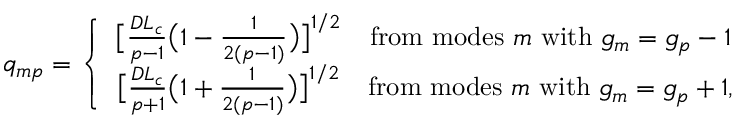
q _ { m p } = \left\{ \begin{array} { c c } { \big [ \frac { D L _ { c } } { p - 1 } \big ( 1 - \frac { 1 } { 2 ( p - 1 ) } \big ) \big ] ^ { 1 / 2 } } & { \mathrm { f r o m ~ m o d e s ~ } m \mathrm { ~ w i t h ~ } g _ { m } = g _ { p } - 1 } \\ { \big [ \frac { D L _ { c } } { p + 1 } \big ( 1 + \frac { 1 } { 2 ( p - 1 ) } \big ) \big ] ^ { 1 / 2 } } & { \mathrm { f r o m ~ m o d e s ~ } m \mathrm { ~ w i t h ~ } g _ { m } = g _ { p } + 1 , } \end{array} \right.